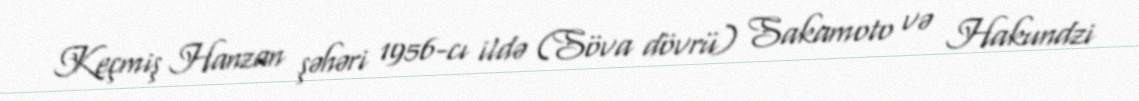
Keçmiş Hanzan şəhəri 1956-cı ildə (Söva dövrü) Sakamoto və Hakundzi